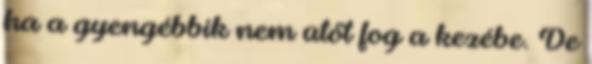
ha a gyengébbik nem ütőt fog a kezébe. De